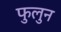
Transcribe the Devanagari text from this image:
फुलुन